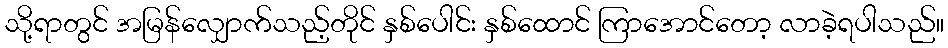
သို့ရာတွင် အမြန်လျှောက်သည့်တိုင် နှစ်ပေါင်း နှစ်ထောင် ကြာအောင်တော့ လာခဲ့ရပါသည်။